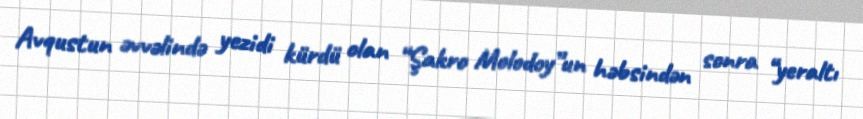
Avqustun əvvəlində yezidi kürdü olan “Şakro Molodoy”un həbsindən sonra “yeraltı